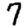
Digit: 7